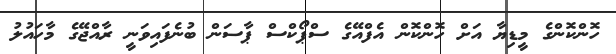
ހޮންކޮންގެ މީޑިޔާ އަށް ހޮންކޮން އެފްއޭގެ ސްޕޯކްސް ޕާސަން ބުނެފައިވަނީ ރާއްޖޭގެ މާހައުލު